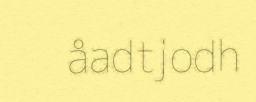
åadtjodh